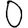
Digit: 0